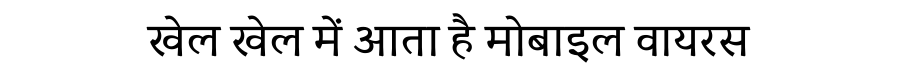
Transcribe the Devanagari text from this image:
खेल खेल में आता है मोबाइल वायरस